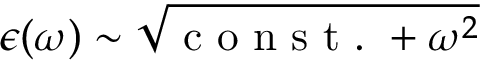
\epsilon ( \omega ) \sim \sqrt { \mathrm { ~ c ~ o ~ n ~ s ~ t ~ . ~ } + \omega ^ { 2 } }